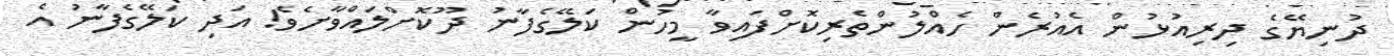
ދުނިޔޭގެ ދިރިއުޅުން އެއުރެން ހެއްލުންތެރިކޮށްފައިވާ މީހުން ކަލޭގެފާނު ދޫކޮށްލައްވާށެވެ! އަދި ކަލޭގެފާނު އެ